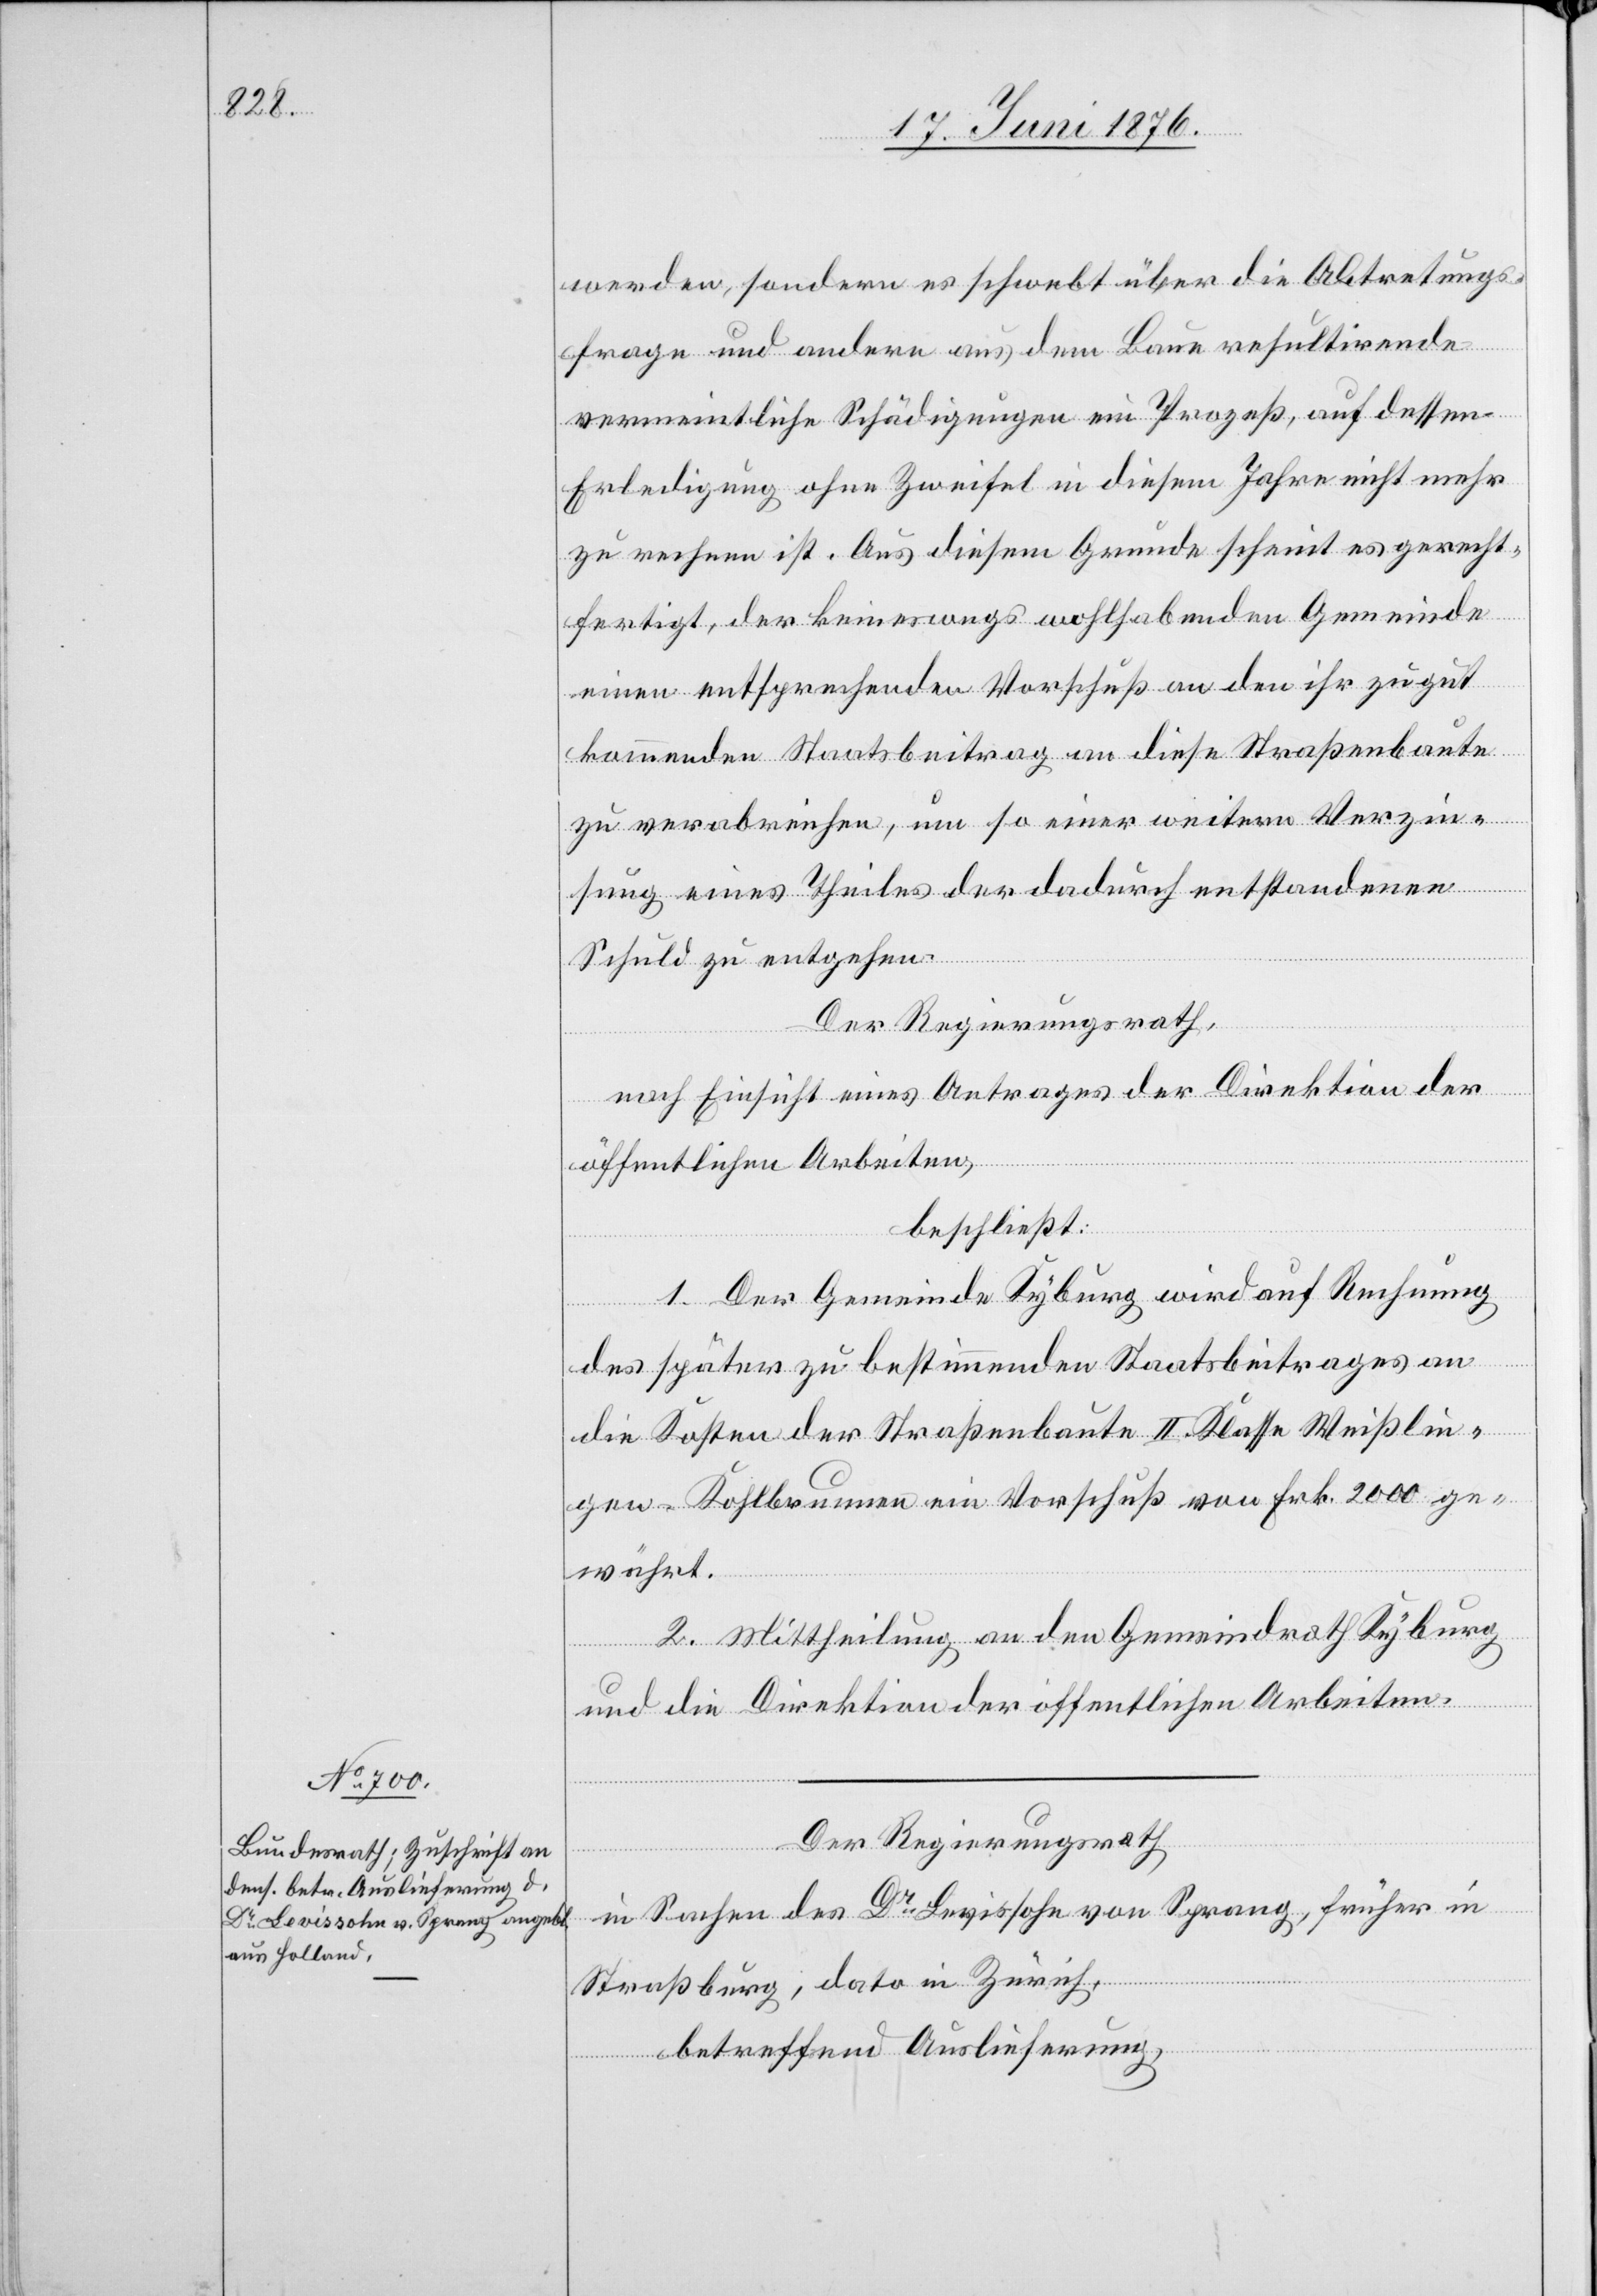
werden, sondern es schwebt über die Abtretungs¬
frage und andere aus dem Baue resultirende
Vermeintliche Schädigungen ein Prozeß, auf dessen
Erledigung ohne Zweifel in diesem Jahre nicht mehr
zu rechnen ist. Aus diesem Grunde scheint es gerecht¬
fertigt, der keineswegs wohlhabenden Gemeinde
einen entsprechenden Vorschuß an den ihr zugut
kommenden Staatsbeitrag an diese Straßenbaute
zu verabreichen, um so einer weitern Verzin¬
sung eines Theiles der dadurch entstandenen
Schuld zu entgehen.
Der Regierungsrath,
nach Einsicht eines Antrages der Direktion der
öffentlichen Arbeiten,
beschließt:
1. Der Gemeinde Kyburg wird auf Rechnung
des später zu bestimmenden Staatsbeitrages an
die Kosten der Straßenbaute II. Klasse Weißlin¬
gen–Kohlbrunnen ein Vorschuß von Frk. 2000 ge¬
währt.
Der Regierungsrath
in Sachen des Dr Levissohn von Sprang, früher in
Straßburg, dato in Zürich,
betreffend Auslieferung,